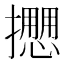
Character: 𢷝